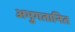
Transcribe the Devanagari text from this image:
अभुगतानित